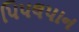
પિપલપાન